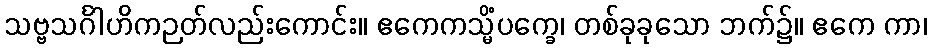
သဗ္ဗသင်္ဂါဟိကဉတ်လည်းကောင်း။ ဧကေကသ္မိံပက္ခေ၊ တစ်ခုခုသော ဘက်၌။ ဧကေ ကာ၊